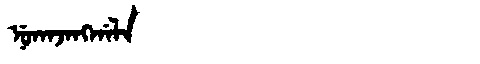
Manchu: ᠨᡠᡴᠠᠵᠠᠩᡤᠠᠯᠠ
Romanization: NUKAJANGGALA